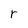
Character: r